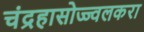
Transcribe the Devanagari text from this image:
चंद्रहासोज्ज्वलकरा